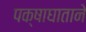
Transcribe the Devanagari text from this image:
पक्षाघाताने